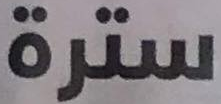
سترة